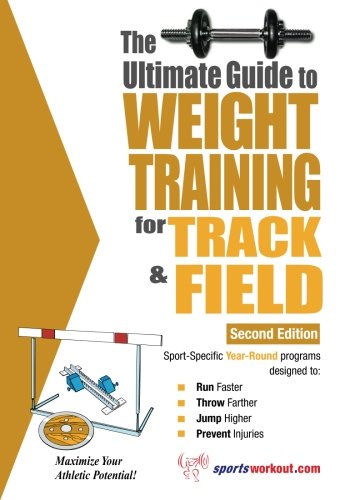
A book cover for Ultimate Guide to Weight Training for Track & Field; Rob Price; Sports & Outdoors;